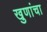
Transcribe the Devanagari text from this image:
खुणांचा